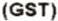
(GST)